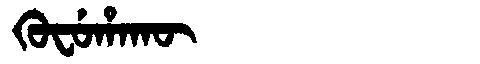
Manchu: ᡴᡠᠸᡠᡥᠠᡴᡡ
Romanization: KUFUHAKŪ